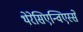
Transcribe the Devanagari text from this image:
थेरेसिएन्विएस्से